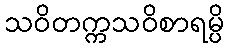
သဝိတက္ကသဝိစာရမ္ပိ